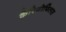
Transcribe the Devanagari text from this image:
कैरियोफिलस